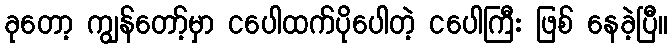
ခုတော့ ကျွန်တော့်မှာ ငပေါထက်ပိုပေါတဲ့ ငပေါကြီး ဖြစ် နေခဲ့ပြီ။